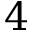
4